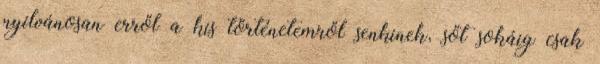
nyílvánosan erről a kis történetemről senkinek, sőt sokáig csak